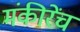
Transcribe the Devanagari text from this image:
मंकीरेंच